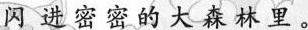
闪进密密的大森林里。